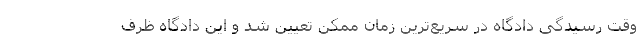
وقت رسیدگی دادگاه در سریع‌ترین زمان ممکن تعیین شد و این دادگاه ظرف